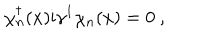
\chi _ { n } ^ { \dagger } ( x ) \mathrm { i } \gamma ^ { 1 } \chi _ { n } ( x ) = 0 \ ,